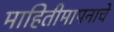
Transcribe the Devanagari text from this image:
माहितीमापनाचे